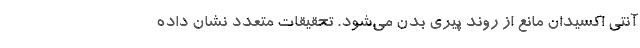
آنتی اکسیدان مانع از روند پیری بدن می‌شود. تحقیقات متعدد نشان داده